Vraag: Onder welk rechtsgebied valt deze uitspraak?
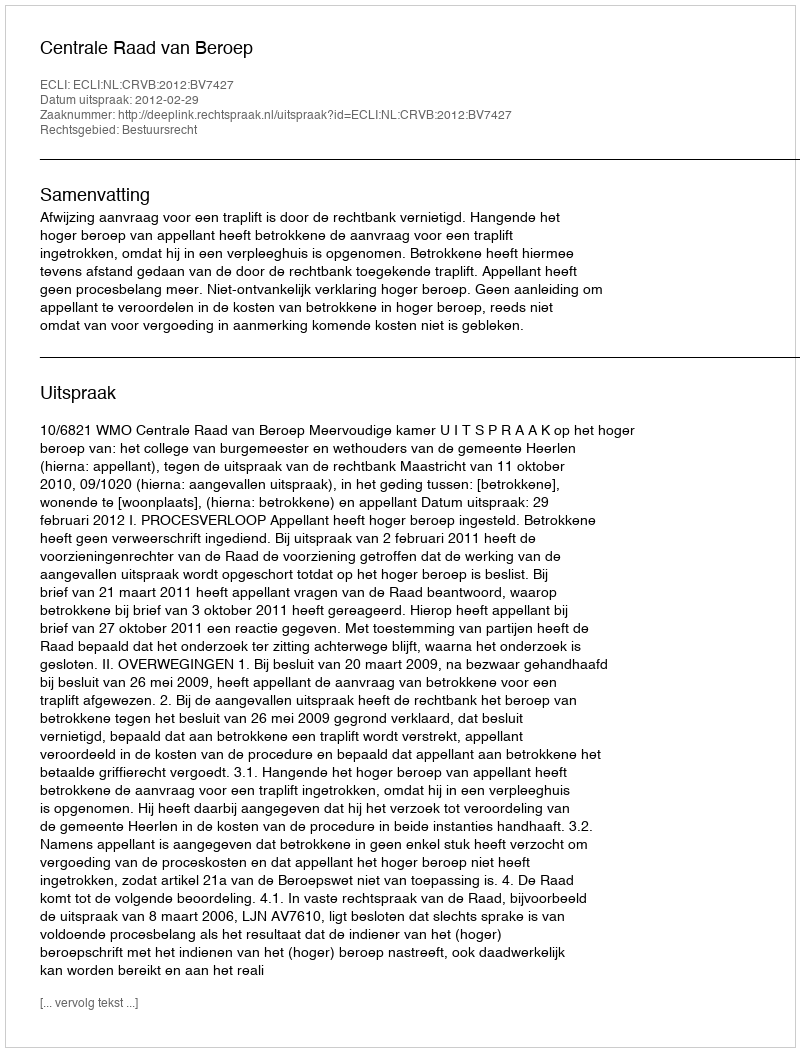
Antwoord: Bestuursrecht